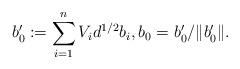
LaTeX: \begin{align*}b_0' := \sum_{i=1}^n V_i d^{1/2} b_i, b_0 = b_0' /\|b_0'\|.\end{align*}